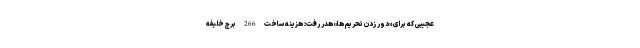
عجیبی که برای «دور زدن تحریم ها» هدر رفت: هزینه ساخت 266 برج خلیفه